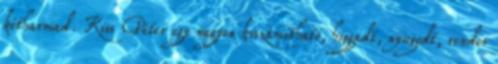
kétharmad. Kiss Péter egy nagyon kiszámítható, higgadt, nyugodt, rendes